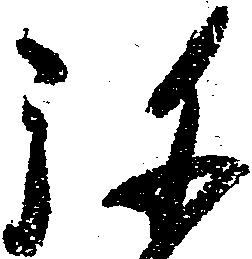
弥